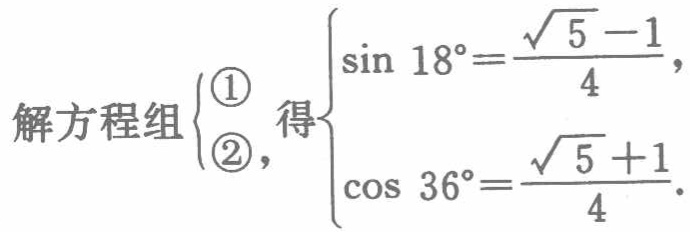
解方程组$\begin{cases} \textcircled{1}&\sin 18^{\circ}=\frac{\sqrt{5}-1}{4},\\ \textcircled{2}&\cos 36^{\circ}=\frac{\sqrt{5}+1}{4}.\end{cases}$